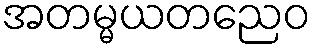
အတမ္မယတညေဝ